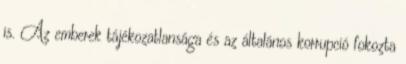
is. Az emberek tájékozatlansága és az általános korrupció fokozta